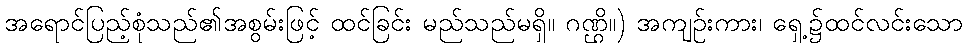
အရောင်ပြည့်စုံသည်၏အစွမ်းဖြင့် ထင်ခြင်း မည်သည်မရှိ။ ဂဏ္ဌိ။) အကျဉ်းကား၊ ရှေ့၌ထင်လင်းသော